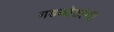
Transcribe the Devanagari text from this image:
गडकोटांनी